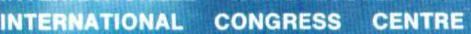
INTERNATIONAL CONGRESS CENTRE